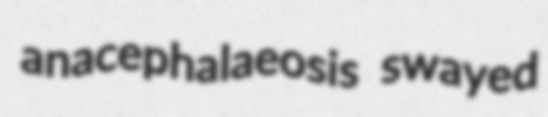
anacephalaeosis swayed